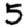
Digit: 5